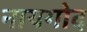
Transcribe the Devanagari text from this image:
नायगोद